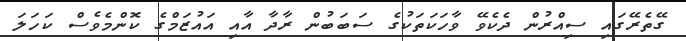
ގޭތެރޭގައި ސިއްރުން ދެކެވޭ ވާހަކަތަކުގެ ސަބަބުން ރާދާ އާއި އައުޒަމްގެ ކޮންމެވެސް ކަހަލަ